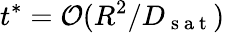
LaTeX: t^{*}=\mathcal{O}(R^{2}/D_{\mathrm{~s~a~t~}})